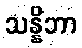
သန္နိဘာ